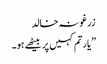
زرغونہ خالد
”یارتم کہیں پر بیٹھے ہو۔